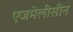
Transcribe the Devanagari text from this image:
एजमेलीसीन